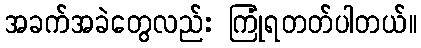
အခက်အခဲတွေလည်း ကြုံရတတ်ပါတယ်။